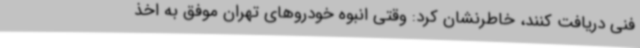
فنی دریافت کنند، خاطرنشان کرد: وقتی انبوه خودروهای تهران موفق به اخذ